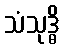
သံသုဒ္ဓိ